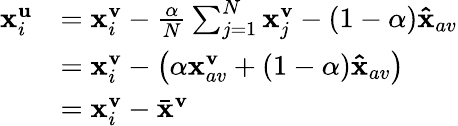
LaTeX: \begin{array}{rl}{\mathbf{x}_{i}^{\mathbf{u}}}&{=\mathbf{x}_{i}^{\mathbf{v}}-\frac{\alpha}{N}\sum_{j=1}^{N}\mathbf{x}_{j}^{\mathbf{v}}-(1-\alpha)\mathbf{\hat{x}}_{av}}\\ &{=\mathbf{x}_{i}^{\mathbf{v}}-\left(\alpha\mathbf{x}_{av}^{\mathbf{v}}+(1-\alpha)\mathbf{\hat{x}}_{av}\right)}\\ &{=\mathbf{x}_{i}^{\mathbf{v}}-\bar{\mathbf{x}}^{\mathbf{v}}}\end{array}